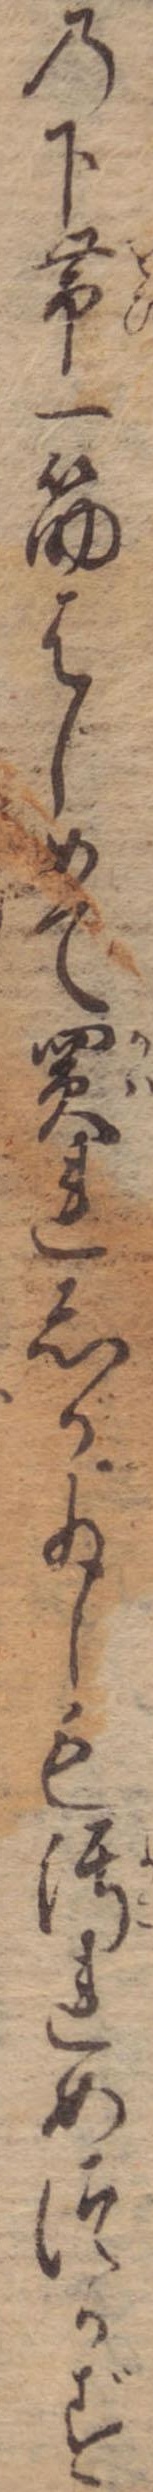
の下帯一筋はじめて買れしが少しも汚れめつかず